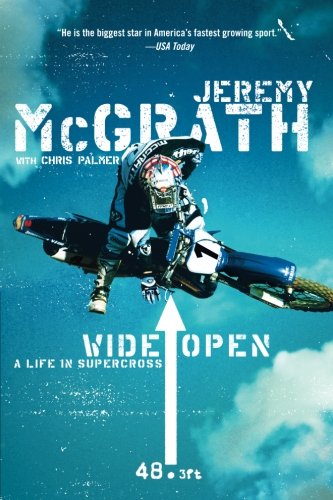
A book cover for Wide Open: A Life in Supercross; Jeremy McGrath; Engineering & Transportation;